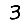
Digit: 3